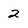
Character: 2